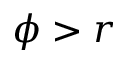
\phi > r